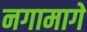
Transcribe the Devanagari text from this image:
नगामागे